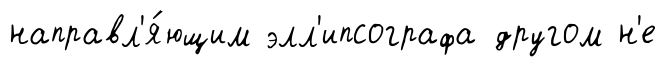
направл'я́ющим элл'ипсографа другом н'е